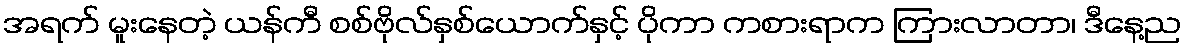
အရက် မူးနေတဲ့ ယန်ကီ စစ်ဗိုလ်နှစ်ယောက်နှင့် ပိုကာ ကစားရာက ကြားလာတာ၊ ဒီနေ့ည